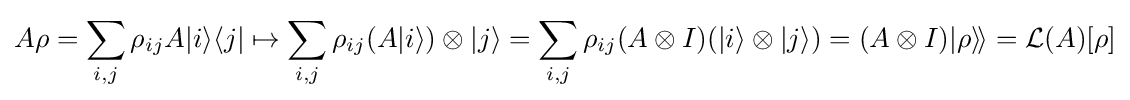
A\rho =\sum _{i,j}\rho _{ij}A|i\rangle \langle j|\mapsto \sum _{i,j}\rho _{ij}(A|i\rangle )\otimes |j\rangle =\sum _{i,j}\rho _{ij}(A\otimes I)(|i\rangle \otimes |j\rangle )=(A\otimes I)|\rho \rangle \!\rangle ={\mathcal {L}}(A)[\rho ]